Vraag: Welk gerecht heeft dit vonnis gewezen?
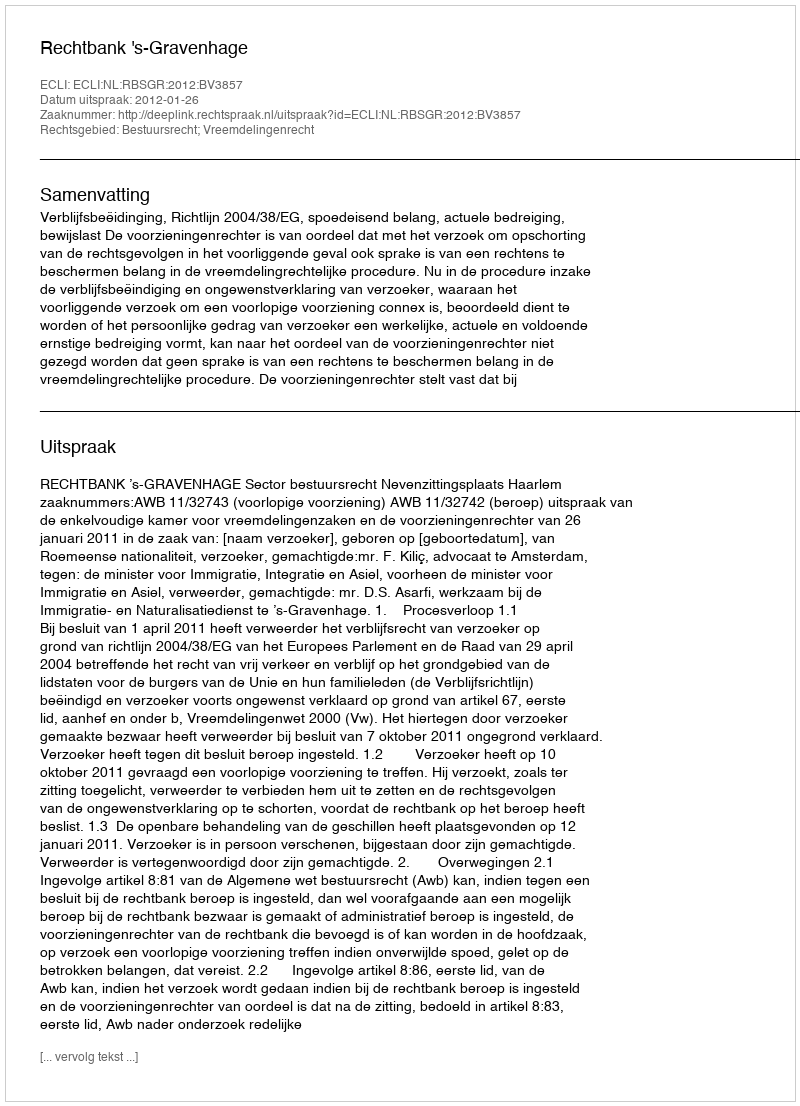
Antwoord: Rechtbank 's-Gravenhage